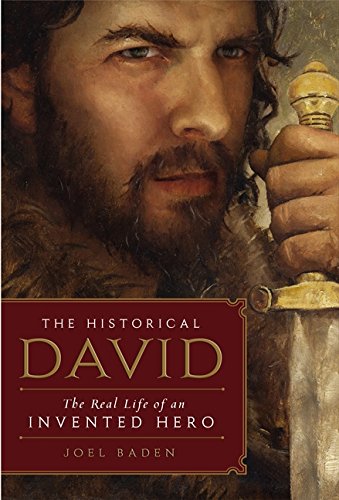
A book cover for The Historical David: The Real Life of an Invented Hero; Joel Baden; Christian Books & Bibles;